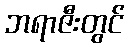
ဘရာဇီးတွင်